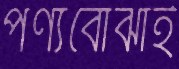
পণ্যবোঝাই